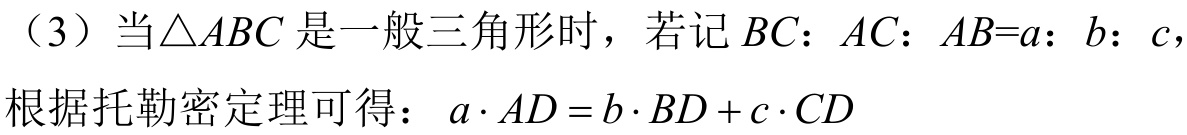
（3）当\(\triangle ABC\)是一般三角形时，若记\(BC:AC:AB = a:b:c\)，根据托勒密定理可得：\(a\cdot AD = b\cdot BD + c\cdot CD\)